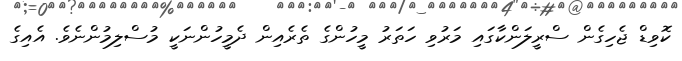
ކޮވިޑް ޖެހިގެން ސްރީލަންކާގައި މަރުވި ހަތަރު މީހުންގެ ތެރެއިން ދެމީހުންނަކީ މުސްލިމުންނެވެ. އެއިގެ